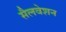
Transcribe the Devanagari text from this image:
सैलवेशन